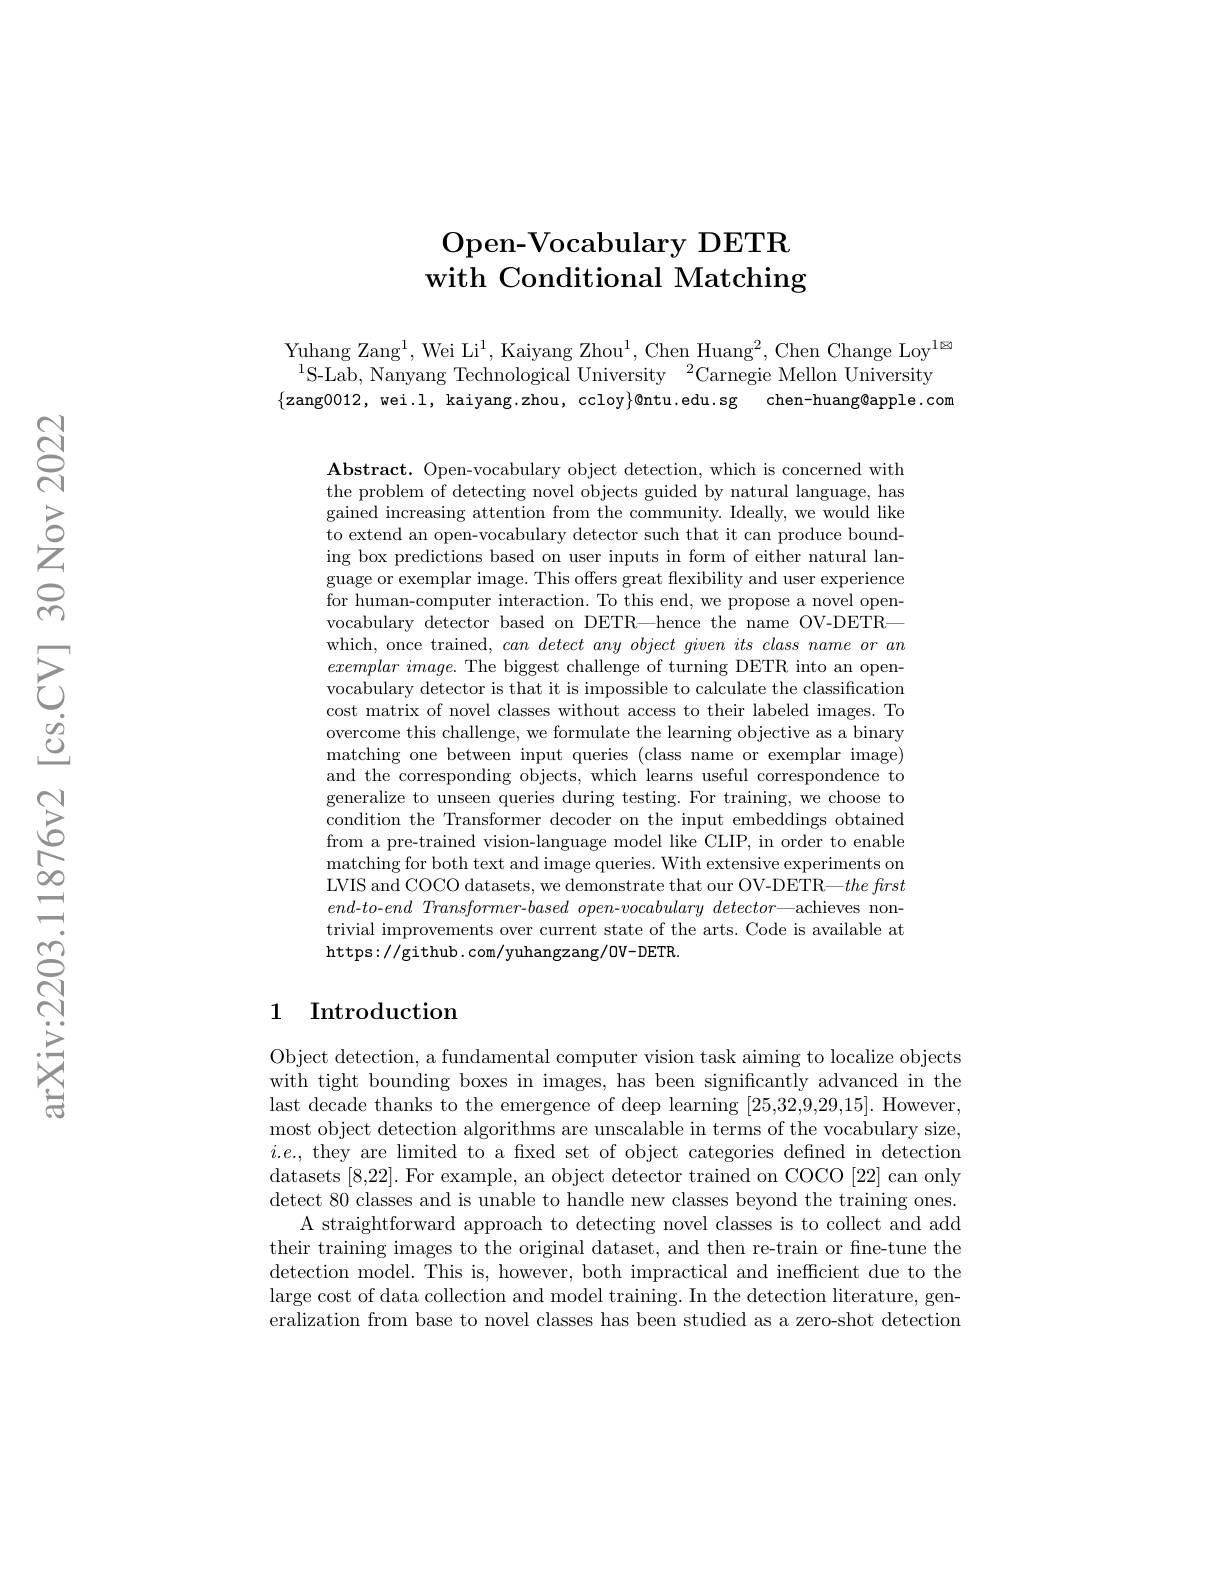
# Open- Vocabulary DETR with Conditional Matching

Yuhang Zang$^1$, Wei Li$^1$, Kaiyang Zhou$^1$, Chen Huang$^2$, Chen Change Loy$^1$
$^{1}$S-Lab, Nanyang Technological University$^2$Carnegie Mellon University $\{$zang0012,wei.l,kaiyang.zhou,ccloy$\}$@ntu.edu.sg chen-huang@apple.com

$\mathbf{Abstract.~Open-vocabulary~object~detection,~which~is~concerned~with}$ the problem of detecting novel objects guided by natural language, has gained increasing attention from the community. Ideally, we would like to extend an open-vocabulary detector such that it can produce bounding box predictions based on user inputs in form of either natural language or exemplar image. This offers great flexibility and user experience for human-computer interaction. To this end, we propose a novel openvocabulary detector based on DETR—hence the name OV-DETRwhich, once trained, $can\textit{ detect any object given its class name or an}$ $exemplarimage.$ The biggest challenge of turning DETR into an openvocabulary detector is that it is impossible to calculate the classification cost matrix of novel classes without access to their labeled images. To overcome this challenge, we formulate the learning objective as a binary matching one between input queries (class name or exemplar image) and the corresponding objects, which learns useful correspondence to generalize to unseen queries during testing. For training, we choose to condition the Transformer decoder on the input embeddings obtained from a pre-trained vision-language model like CLIP, in order to enable matching for both text and image queries. With extensive experiments on LVIS and COCO datasets, we demonstrate that our OV-DETR—$the\textit{firs}t$ $end-to-end$ Transformer-based open-vocabulary detector—achieves nontrivial improvements over current state of the arts. Code is available at https://github.com/yuhangzang/0V-DETR.

## 1 Introduction

Object detection, a fundamental computer vision task aiming to localize objects with tight bounding boxes in images, has been significantly advanced in the $\bar{\text{last decade thanks to the emergence of deep learning }}[25,32,9,29,15].$However, most object detection algorithms are unscalable in terms of the vocabulary size, $i.e.$, they are limited to a fixed set of object categories defined in detection datasets [8,22]. For example, an object detector trained on COCO [22] can only detect 80 classes and is unable to handle new classes beyond the training ones.
A straightforward approach to detecting novel classes is to collect and add their training images to the original dataset, and then re-train or fne-tune the detection model. This is, however, both impractical and inefficient due to the large cost of data collection and model training. In the detection literature, generalization from base to novel classes has been studied as a zero-shot detection